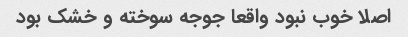
اصلا خوب نبود واقعا جوجه سوخته و خشک بود